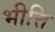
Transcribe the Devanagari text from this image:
भीत्ति